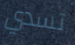
تسدي